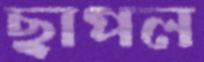
ছাপল